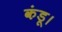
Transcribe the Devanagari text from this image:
कंडू।